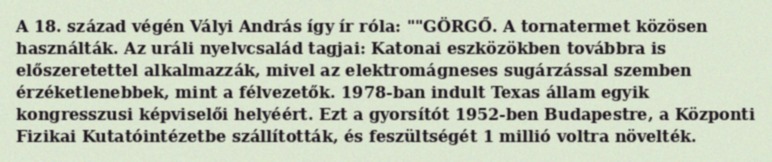
A 18. század végén Vályi András így ír róla: ""GÖRGŐ. A tornatermet közösen használták. Az uráli nyelvcsalád tagjai: Katonai eszközökben továbbra is előszeretettel alkalmazzák, mivel az elektromágneses sugárzással szemben érzéketlenebbek, mint a félvezetők. 1978-ban indult Texas állam egyik kongresszusi képviselői helyéért. Ezt a gyorsítót 1952-ben Budapestre, a Központi Fizikai Kutatóintézetbe szállították, és feszültségét 1 millió voltra növelték.